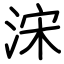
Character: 浨